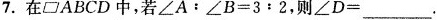
7.在\parallelogram ABCD中，若$$\angle A：B\angle =3:2$$，则$$\angle D=___$$